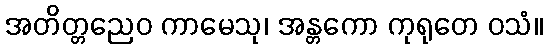
အတိတ္တညေဝ ကာမေသု၊ အန္တကော ကုရုတေ ဝသံ။